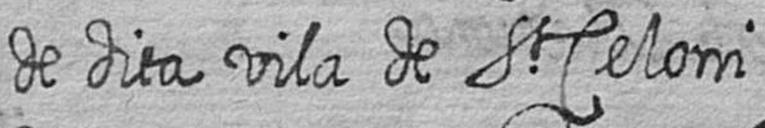
de dita vila de St Celoni